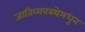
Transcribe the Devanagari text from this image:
जातिव्यवस्थेमधून